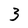
Character: 3